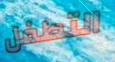
التطفل